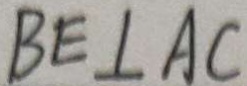
B E \bot A C